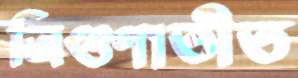
ত্রিগুণাতীত